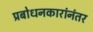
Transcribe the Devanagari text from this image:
प्रबोधनकारांनंतर